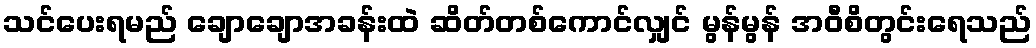
သင်ပေးရမည် ချောချောအခန်းထဲ ဆိတ်တစ်ကောင်လျှင် မွန်မွန် အဝီစိတွင်းရေသည်